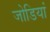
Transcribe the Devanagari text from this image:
जोडियां